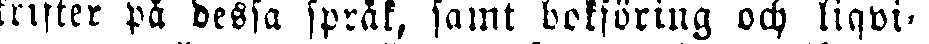
skrifter på dessa språk, samt bokföring och liqvi-